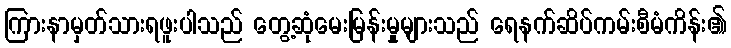
ကြားနာမှတ်သားရဖူးပါသည် တွေ့ဆုံမေးမြန်းမှုများသည် ရေနက်ဆိပ်ကမ်းစီမံကိန်း၏